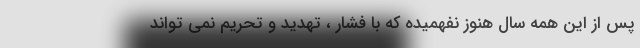
پس از این همه سال هنوز نفهمیده که با فشار ، تهدید و تحریم نمی تواند